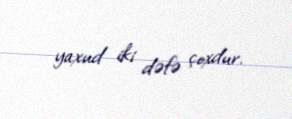
yaxud iki dəfə çoxdur.